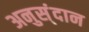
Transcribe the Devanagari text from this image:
अनुस्ंदान